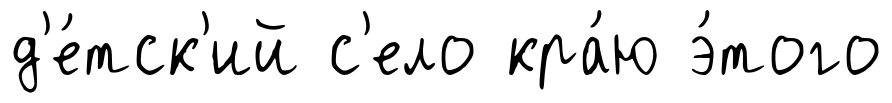
д'е́тск'ий с'ело кра́ю э́того